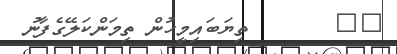
٢٠       ތިޔަބައިމީހުން ތިމަންކަލޭގެފާނު